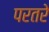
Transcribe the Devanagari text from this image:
परतरे